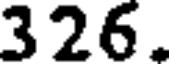
326.